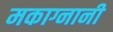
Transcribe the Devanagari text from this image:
मकाग्नानी